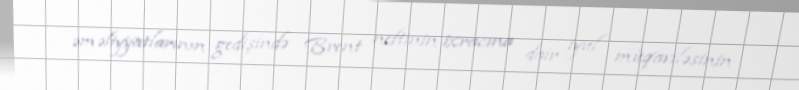
əməliyyatlarının gedişində Brent neftinin ixracına dair iyul müqaviləsinin